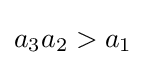
a_{3}a_{2}>a_{1}